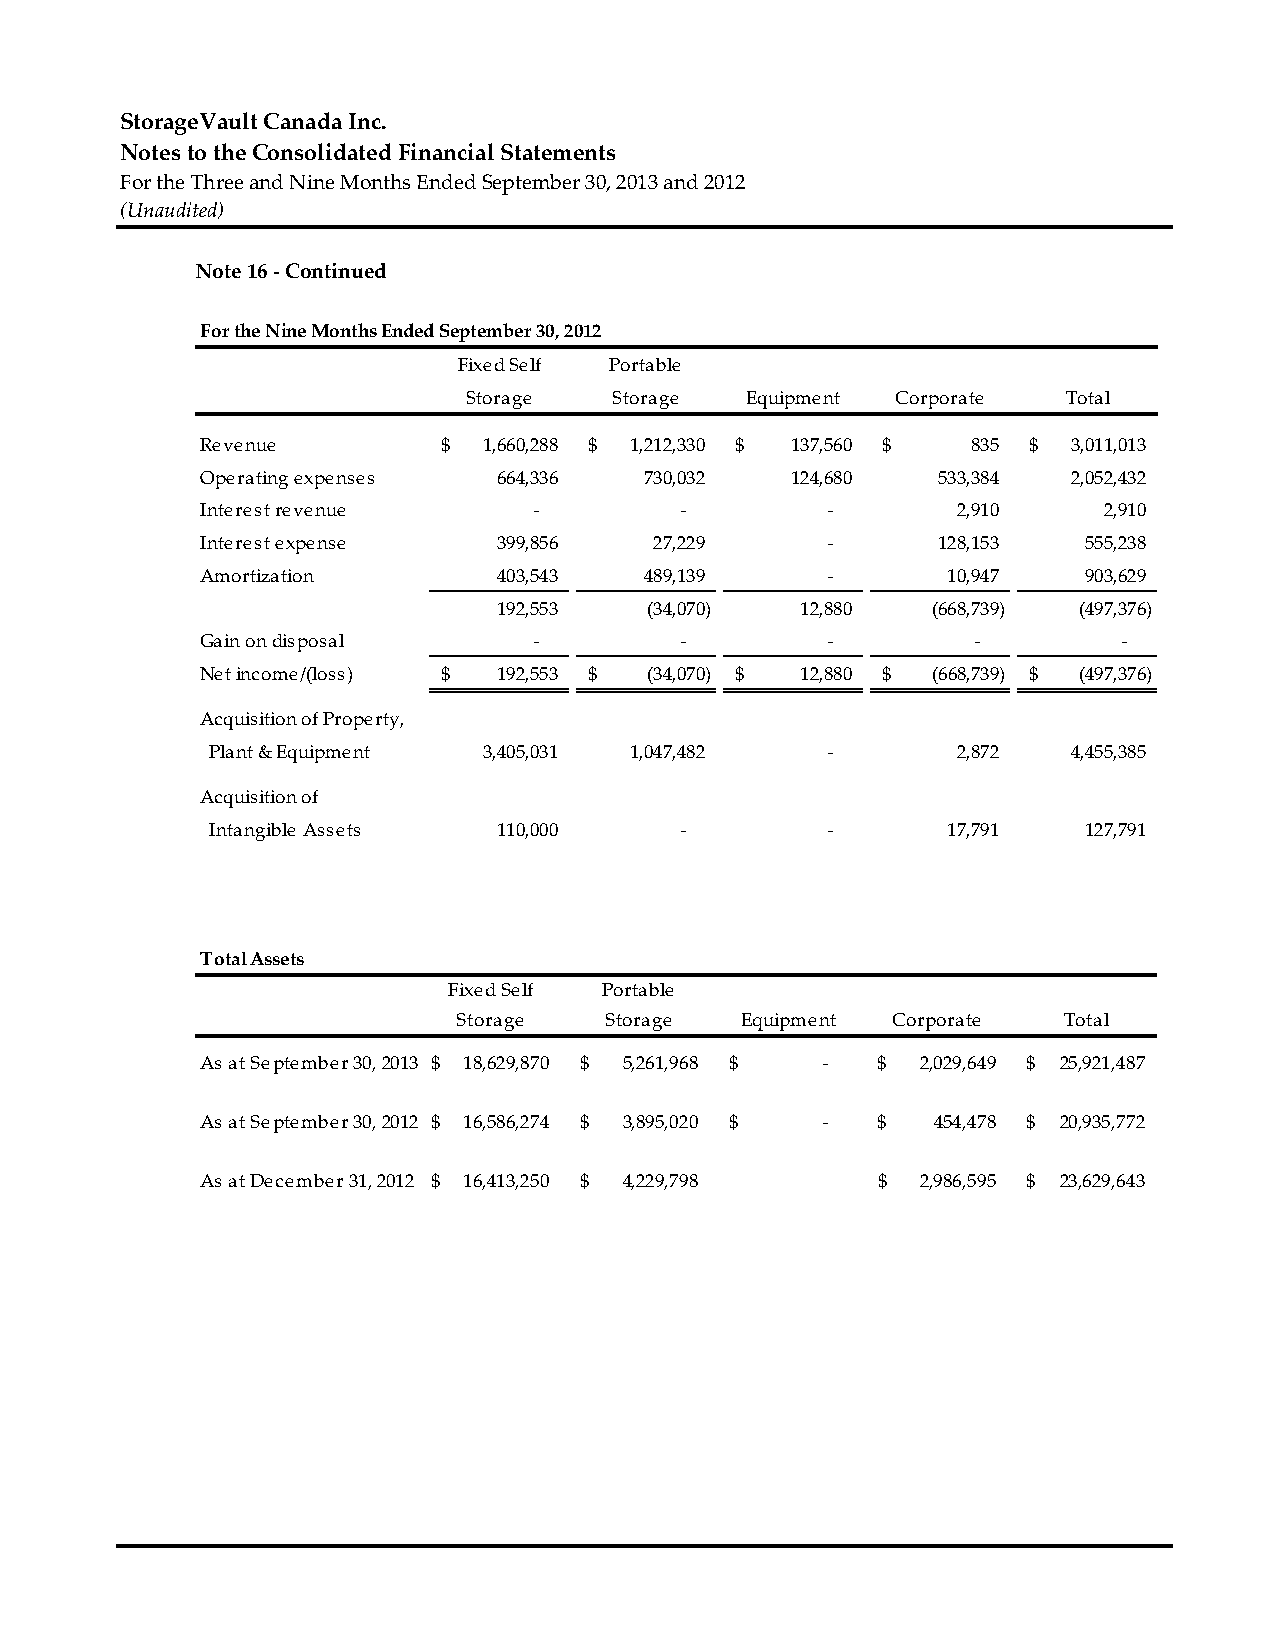
StorageVault Canada Inc.
 Notes to the Consolidated Financial Statements
 For the Three and Nine Months Ended September 30, 2013 and 2012
 (Unaudited)
 Note 16 ‐ Continued
 For the Nine Months Ended September 30, 2012
 Fixed Self Portable
 Storage   Storage Equipment Corporate   Total
 Revenue         $  1,660,288 $ 1,212,330 $ 137,560 $ 835 $ 3,011,013
 Operating expenses  6 64,336  730,032  124,680   533,384  2,052,432
 Interest revenue      ‐         ‐         ‐       2,910     2,910
 Interest expense    3 99,856  27,229      ‐      128,153   555,238
 Amortization        403,543   489,139     ‐       10,947   903,629
 192,553   (34,070)  12,880   (668,739) (497,376)
 Gain on disposal      ‐         ‐         ‐        ‐         ‐
 Net income/(loss) $ 1 92,553 $ (34,070) $ 12,880 $ (668,739) $ (497,376)
 Acquisition of Property,
 Plant & Equipment 3,405,031 1,047,482    ‐       2,872   4,455,385
 Acquisition of
 Intangible Assets  110,000     ‐         ‐       17,791   127,791
 Total Assets
 Fixed Self Portable
 Storage   Storage  Equipment Corporate  Total
 As at September 30, 2013 $ 18,629,870 $ 5,261,968 $ ‐ $ 2,029,649 $ 25,921,487
 As at September 30, 2012 $ 16,586,274 $ 3,895,020 $ ‐ $ 454,478 $ 20,935,772
 As at December 31, 2012 $ 16,413,250 $ 4,229,798 $ 2,986,595 $ 23,629,643